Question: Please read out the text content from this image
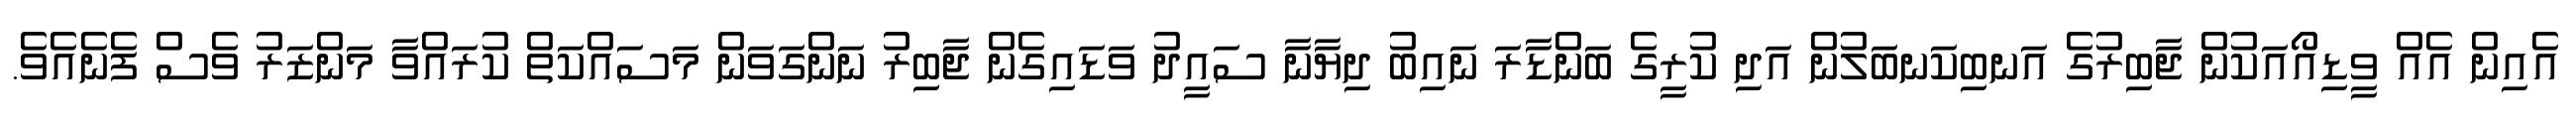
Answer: އެއިން އެއް ވީޑިއޯއަކުން ޖާބިރުގެ އަނބިކަނބަލުން އަދި ކުރީގެ ބަންޑާރަ ނައިބު ދިޔާނާ ސައީދު ވަޑައިގެން ޖާބިރު ނަންގަވަން މަސައްކަތް ކުރައްވާ މަންޒަރު ވެސް ފެނެއެވެ.